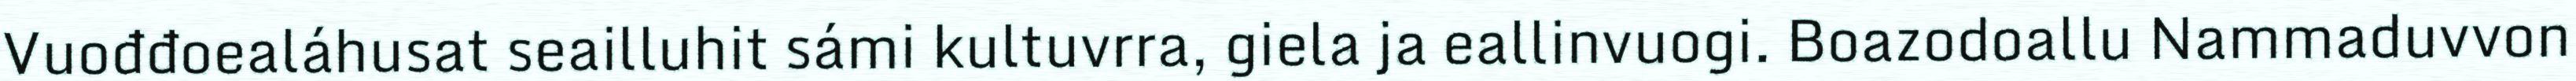
Vuođđoealáhusat seailluhit sámi kultuvrra, giela ja eallinvuogi. Boazodoallu Nammaduvvon